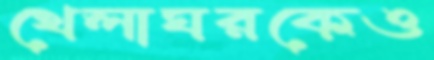
খেলাঘরকেও